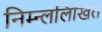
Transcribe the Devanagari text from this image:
निम्न्ललिखित